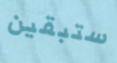
ستبقين